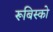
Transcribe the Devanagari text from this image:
रूबिस्को